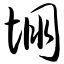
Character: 堋